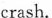
crash.